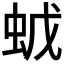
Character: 𧉦